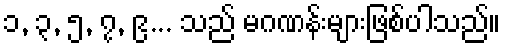
၁, ၃, ၅, ၇, ၉... သည် မဂဏန်းများဖြစ်ပါသည်။